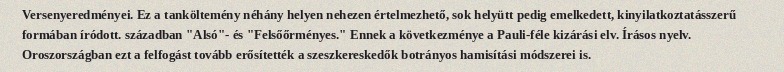
Versenyeredményei. Ez a tanköltemény néhány helyen nehezen értelmezhető, sok helyütt pedig emelkedett, kinyilatkoztatásszerű formában íródott. században "Alsó"- és "Felsőőrményes." Ennek a következménye a Pauli-féle kizárási elv. Írásos nyelv. Oroszországban ezt a felfogást tovább erősítették a szeszkereskedők botrányos hamisítási módszerei is.